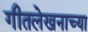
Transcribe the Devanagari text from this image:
गीतलेखनाच्या